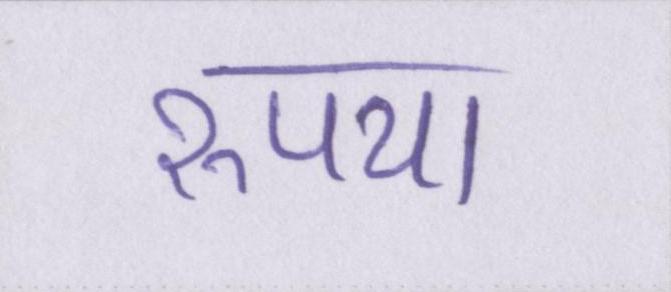
रुपया